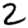
Digit: 2